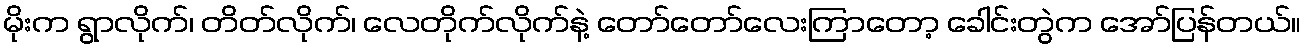
မိုးက ရွာလိုက်၊ တိတ်လိုက်၊ လေတိုက်လိုက်နဲ့ တော်တော်လေးကြာတော့ ခေါင်းတွဲက အော်ပြန်တယ်။